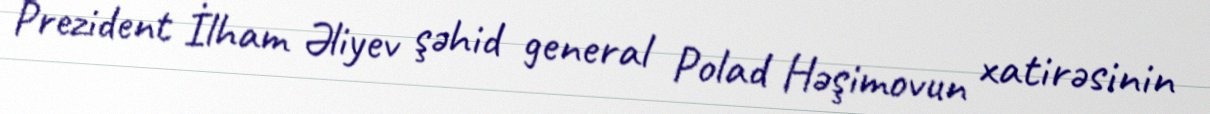
Prezident İlham Əliyev şəhid general Polad Həşimovun xatirəsinin